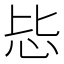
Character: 𪫠